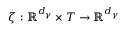
\zeta : \mathbb { R } ^ { d _ { \gamma } } \times T \rightarrow \mathbb { R } ^ { d _ { \gamma } }